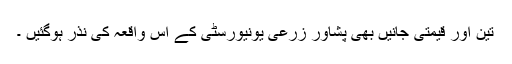
تین اور قیمتی جانیں بھی پشاور زرعی یونیورسٹی کے اس واقعہ کی نذر ہوگئیں ۔